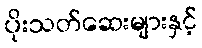
ပိုးသတ်ဆေးများနှင့်